Indian journal of veterinary science and animal husbandry - Volume 2,
Year: 1932
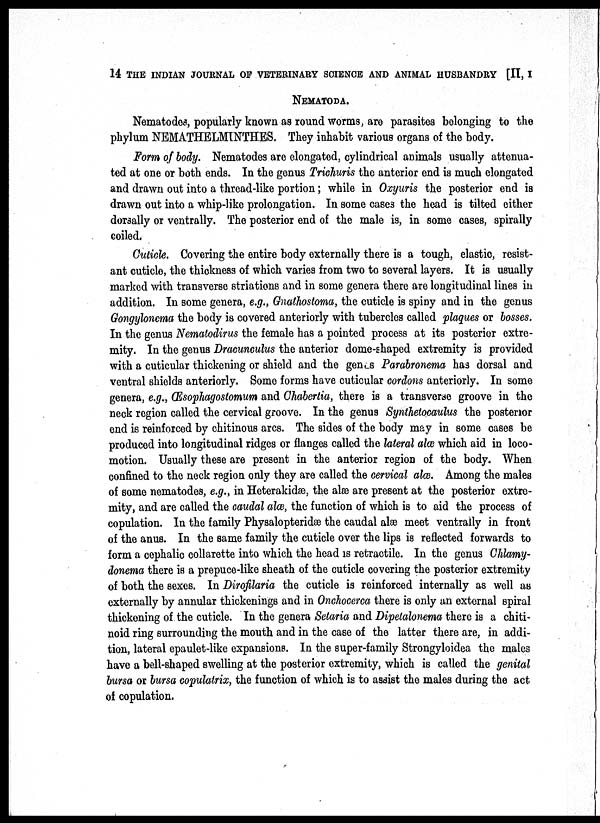
14 THE INDIAN JOURNAL OF VETERINARY SCIENCE AND ANIMAL HUSBANDRY [II, I
NEMATODA.
Nematodes, popularly known as round worms, are parasites belonging to the
phylum NEMATHELMINTHES. They inhabit various organs of the body.
Form of body. Nematodes are elongated, cylindrical animals usually attenua-
ted at one or both ends. In the genus Trichuris the anterior end is much elongated
and drawn out into a thread-like portion; while in Oxyuris the posterior end is
drawn out into a whip-like prolongation. In some cases the head is tilted either
dorsally or ventrally. The posterior end of the male is, in some cases, spirally
coiled.
Cuticle. Covering the entire body externally there is a tough, elastic, resist-
ant cuticle, the thickness of which varies from two to several layers. It is usually
marked with transverse striations and in some genera there are longitudinal lines in
addition. In some genera, e.g., Gnathostoma, the cuticle is spiny and in the genus
Gongylonema the body is covered anteriorly with tubercles called plaques or bosses.
In the genus Nematodirus the female has a pointed process at its posterior extre-
mity. In the genus Dracunculus the anterior dome-shaped extremity is provided
with a cuticular thickening or shield and the genes Parabronema has dorsal and
ventral shields anteriorly. Some forms have cuticular cordons anteriorly. In some
genera, e.g., Œsophagostomum and Chabertia, there is a transverse groove in the
neck region called the cervical groove. In the genus Synthetocaulus the posterior
end is reinforced by chitinous arcs. The sides of the body may in some cases be
produced into longitudinal ridges or flanges called the lateral alæ which aid in loco-
motion. Usually these are present in the anterior region of the body. When
confined to the neck region only they are called the cervical alæ. Among the males
of some nematodes, e.g., in Heterakidæ, the alæ are present at the posterior extre-
mity, and are called the caudal alæ, the function of which is to aid the process of
copulation. In the family Physalopteridæ the caudal alæ meet ventrally in front
of the anus. In the same family the cuticle over the lips is reflected forwards to
form a cephalic collarette into which the head is retractile. In the genus Chlamy¬
donema there is a prepuce-like sheath of the cuticle covering the posterior extremity
of both the sexes. In Dirofilaria the cuticle is reinforced internally as well as
externally by annular thickenings and in Onchocerca there is only an external spiral
thickening of the cuticle. In the genera Setaria and Dipetalonema there is a chiti-
noid ring surrounding the mouth and in the case of the latter there are, in addi-
tion, lateral epaulet-like expansions. In the super-family Strongyloidea the males
have a bell-shaped swelling at the posterior extremity, which is called the genital
bursa or bursa copulatrix, the function of which is to assist the males during the act
of copulation.